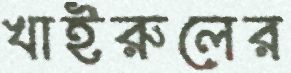
খাইরুলের